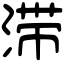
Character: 滞